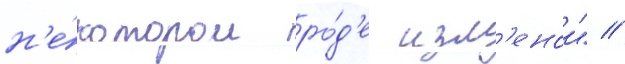
н'е́котором ро́д'е изм'енои" //